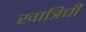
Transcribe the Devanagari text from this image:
खात्रिची